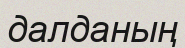
далданың